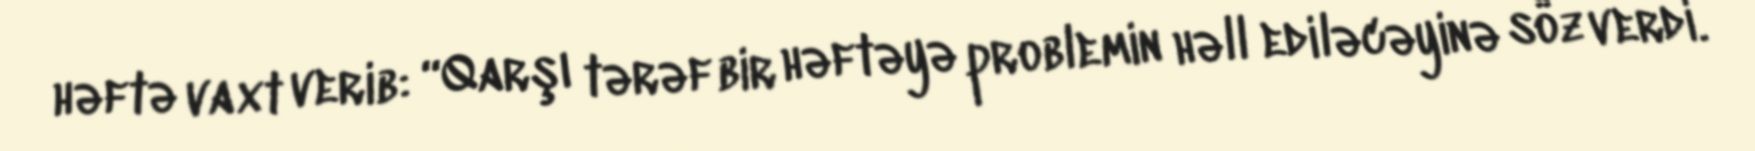
həftə vaxt verib: “Qarşı tərəf bir həftəyə problemin həll ediləcəyinə söz verdi.